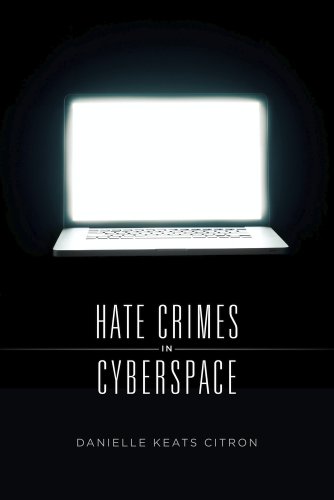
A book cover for Hate Crimes in Cyberspace; Danielle Keats Citron; Computers & Technology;